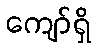
ကျော်ရှိ